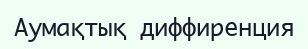
Аумақтық диффиренция